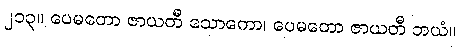
၂၁၃။ ပေမတော ဇာယတီ သောကော၊ ပေမတော ဇာယတီ ဘယံ။